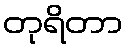
တုရိတာ